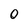
Character: O